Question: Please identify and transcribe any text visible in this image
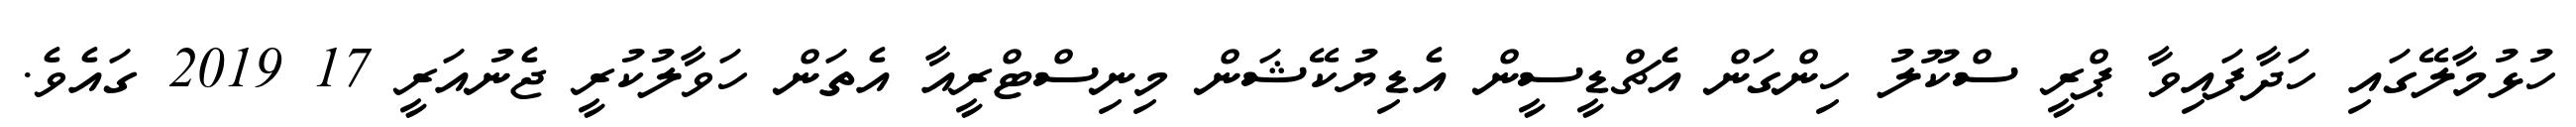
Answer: ހުޅުމާލޭގައި ހަދާފައިވާ ޕްރީ ސްކޫލު ހިންގަން އެޗްޑީސީން އެޑިޔުކޭޝަން މިނިސްޓްރީއާ އެތަން ހަވާލުކުރީ ޖެނުއަރީ 17 2019 ގައެވެ.